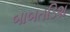
બાબતડિશ